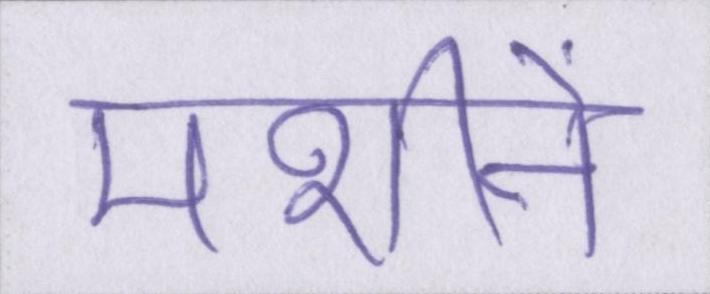
मशीनें